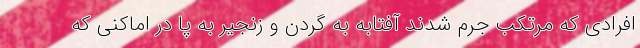
افرادی که مرتکب جرم شدند آفتابه به گردن و زنجیر به پا در اماکنی که